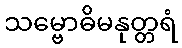
သမ္ဗောဓိမနုတ္တရံ